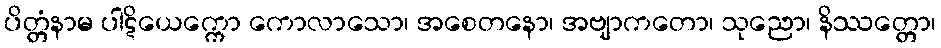
ပိတ္တံနာမ ပါဋိယေက္ကော ကောလာသော၊ အစေတနော၊ အဗျာကတော၊ သုညော၊ နိဿတ္တော၊